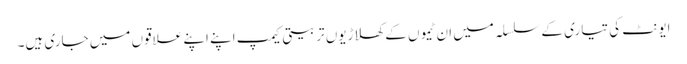
ایونٹ کی تیاری کے سلسلہ میں ان ٹیموں کے کھلاڑیوں تربیتی کیمپ اپنے اپنے علاقوں میں جاری ہیں۔